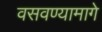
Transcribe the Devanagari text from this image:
वसवण्यामागे